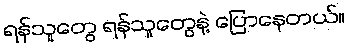
ရန်သူတွေ ရန်သူတွေနဲ့ ပြောနေတယ်။